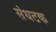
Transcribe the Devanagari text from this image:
संधटक